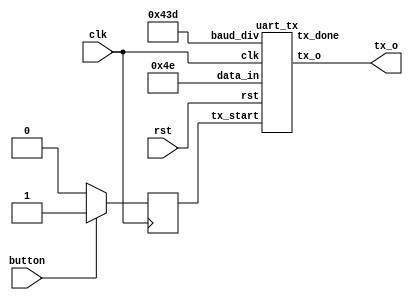
module uart_deneme(

    input clk,rst,button,
    output tx_o
);

reg start=0;
wire tx_done;

uart_tx tx(

    .clk(clk),
    .rst(rst),
    .data_in(8'h4E),
    .baud_div(16'h43D),
    .tx_start(start),
    .tx_done(tx_done),
    .tx_o(tx_o)       

);


always@(posedge clk)begin

if(button==1)begin
start=1;
end else begin
start=0;
end

end


endmodule





module uart_tx(

    input         clk,
    input         rst,
    input [7:0]   data_in,
    input [15:0]  baud_div,
    input         tx_start,
    output  reg   tx_done,
    output  reg   tx_o       

);



localparam IDLE       =4'b0001;
localparam BASLA      =4'b0010;
localparam VERI_YOLLA =4'b0100;
localparam BITTI      =4'b1000;
localparam TEMIZLE    =4'b1001;

reg [3:0] state;
integer bitcounter;
reg [2:0] bit_index;
reg [7:0] shift_register;


always@(posedge clk)begin
    if(!rst)begin
        tx_o   <=1;
        tx_done<=0;
        bit_index<=0;
        bitcounter<=0;
        state<=IDLE;
    end else begin
        case(state) 
            IDLE:begin
                tx_o   <=1;
                tx_done<=0;
                bitcounter<=0;
                bit_index<=0;
                if(tx_start)begin
                    state<=BASLA;
                    shift_register<=data_in;
                end else begin
                     state<=IDLE;
                end
            end

            BASLA:begin
                tx_o<=0;
                if(bitcounter<baud_div-1)begin
                    bitcounter=bitcounter+1;
                    state<=BASLA;
                end
                else begin
                    bitcounter<=0;
                    state<=VERI_YOLLA;
                end
            end

            VERI_YOLLA:begin
                tx_o<=shift_register[bit_index];
                if(bitcounter<baud_div-1)begin
                    bitcounter<=bitcounter+1;
                    state     <=VERI_YOLLA;
                end
                else begin
                    bitcounter<=0;
                    if(bit_index<7)begin
                        bit_index=bit_index+1;
                    end else begin
                        bitcounter<=0;
                        bit_index<=0;
                        state    <=BITTI;
                    end 
                end
            end

            BITTI:begin 
                tx_o<=1;
                if(bitcounter<baud_div-1)begin
                    bitcounter=bitcounter+1;
                end else begin
                    bitcounter<=0;
                    tx_done<=1;
                    state<=TEMIZLE;
                end
            end

            TEMIZLE:begin
                tx_done<=1;
                state<=IDLE;
            end
        endcase
    end
end

endmodule